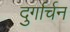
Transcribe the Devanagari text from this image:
दुर्गार्चन